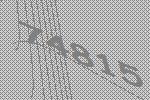
74815